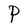
Character: P